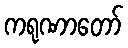
ကရုဏာတော်